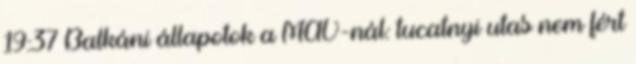
19:37 Balkáni állapotok a MÁV-nál: tucatnyi utas nem fért